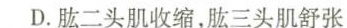
D.肱二头肌收缩，肱三头肌舒张